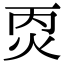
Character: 㶮